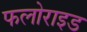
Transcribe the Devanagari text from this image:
फलोराइड